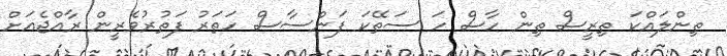
ތިންލައްކަ ތިރީސް ތިން ހާސް ހަ ސަތޭކަ ފަންސާސް ހަތަރު ފަތުރުވެރީން ރާއްޖެއަށް